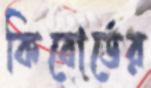
কিবোর্ডের